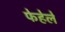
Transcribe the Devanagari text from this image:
फेहेले